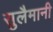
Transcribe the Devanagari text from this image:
सुलैमानी